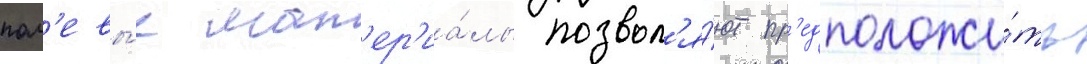
пол'евы́е мат'ер'иа́лы позвол'я́ют пр'едположи́ть